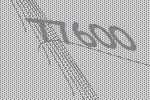
77600